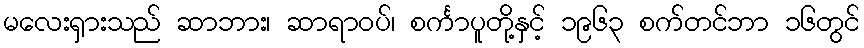
မလေးရှားသည် ဆာဘား၊ ဆာရာဝပ်၊ စင်္ကာပူတို့နှင့် ၁၉၆၃ စက်တင်ဘာ ၁၆တွင်